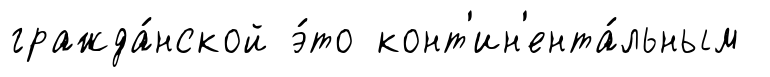
гражда́нской э́то конт'ин'ента́льным